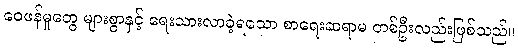
ဝေဖန်မှုတွေ များစွာနှင့် ရေးသားလာခဲ့ရသော စာရေးဆရာမ တစ်ဦးလည်းဖြစ်သည်။